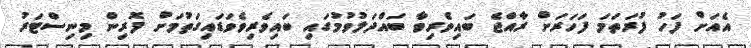
އެއަށް ފަހު ފުރަތަމަ ފަހަރަށް ރާއްޖެ ބައިވެރިވާ ބައްދަލުވުމުގައި ބައިވެރިވެވަޑައިގަތުމަށް ފޮރިން މިނިސްޓަރު